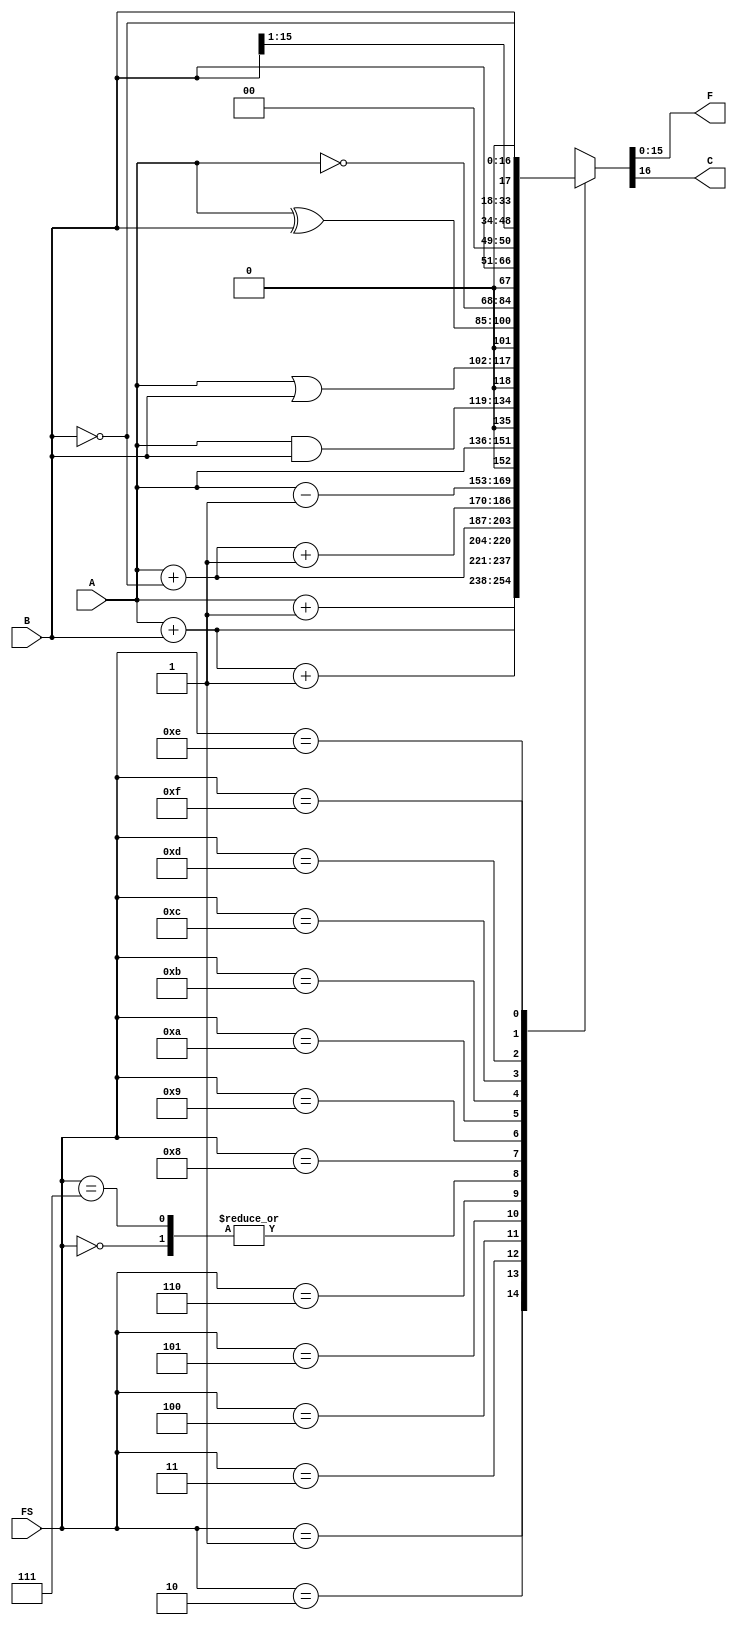
module Datapath_FunctionUnit_ArithmeticLogicUnit_Behavioral(F, C, A, B, FS);

parameter WORD_WIDTH = 16;
parameter DR_WIDTH = 3;
parameter SB_WIDTH = DR_WIDTH;
parameter SA_WIDTH = DR_WIDTH;
parameter OPCODE_WIDTH = 7;
parameter INSTR_WIDTH = WORD_WIDTH;

output reg [WORD_WIDTH-1:0] F;
output reg C;
input [WORD_WIDTH-1:0] A, B;
input [3:0] FS;

always@(*)
	case(FS)
		4'b0000: {C, F} = A;			// Transfer
		4'b0001: {C, F} = A+1;			// Increment
		4'b0010: {C, F} = A+B;			// Add
		4'b0011: {C, F} = A+B+1;		// (Unused)
		4'b0100: {C, F} = A+(~B);		// (Unused)
		4'b0101: {C, F} = A+(~B)+1;	// Subtraction
		4'b0110: {C, F} = A-1;			// Decrement
		4'b0111: {C, F} = A;				// (Unused)
		4'b1000: {C, F} = A&B;			// Bitwize and
		4'b1001: {C, F} = A|B;			// Bitwize or
		4'b1010: {C, F} = A^B;			// Bitwize xor
		4'b1011: {C, F} = (~A);			// Bitwize Invert
		4'b1100: {C, F} = B;				// Move B
		4'b1101: {C, F} = (B>>1);		// Shift Right B
		4'b1110: {C, F} = (B<<1);		// Shift Left B
		4'b1111: {C, F} = (~B);			// (Unused)
		default:;
	endcase

endmodule